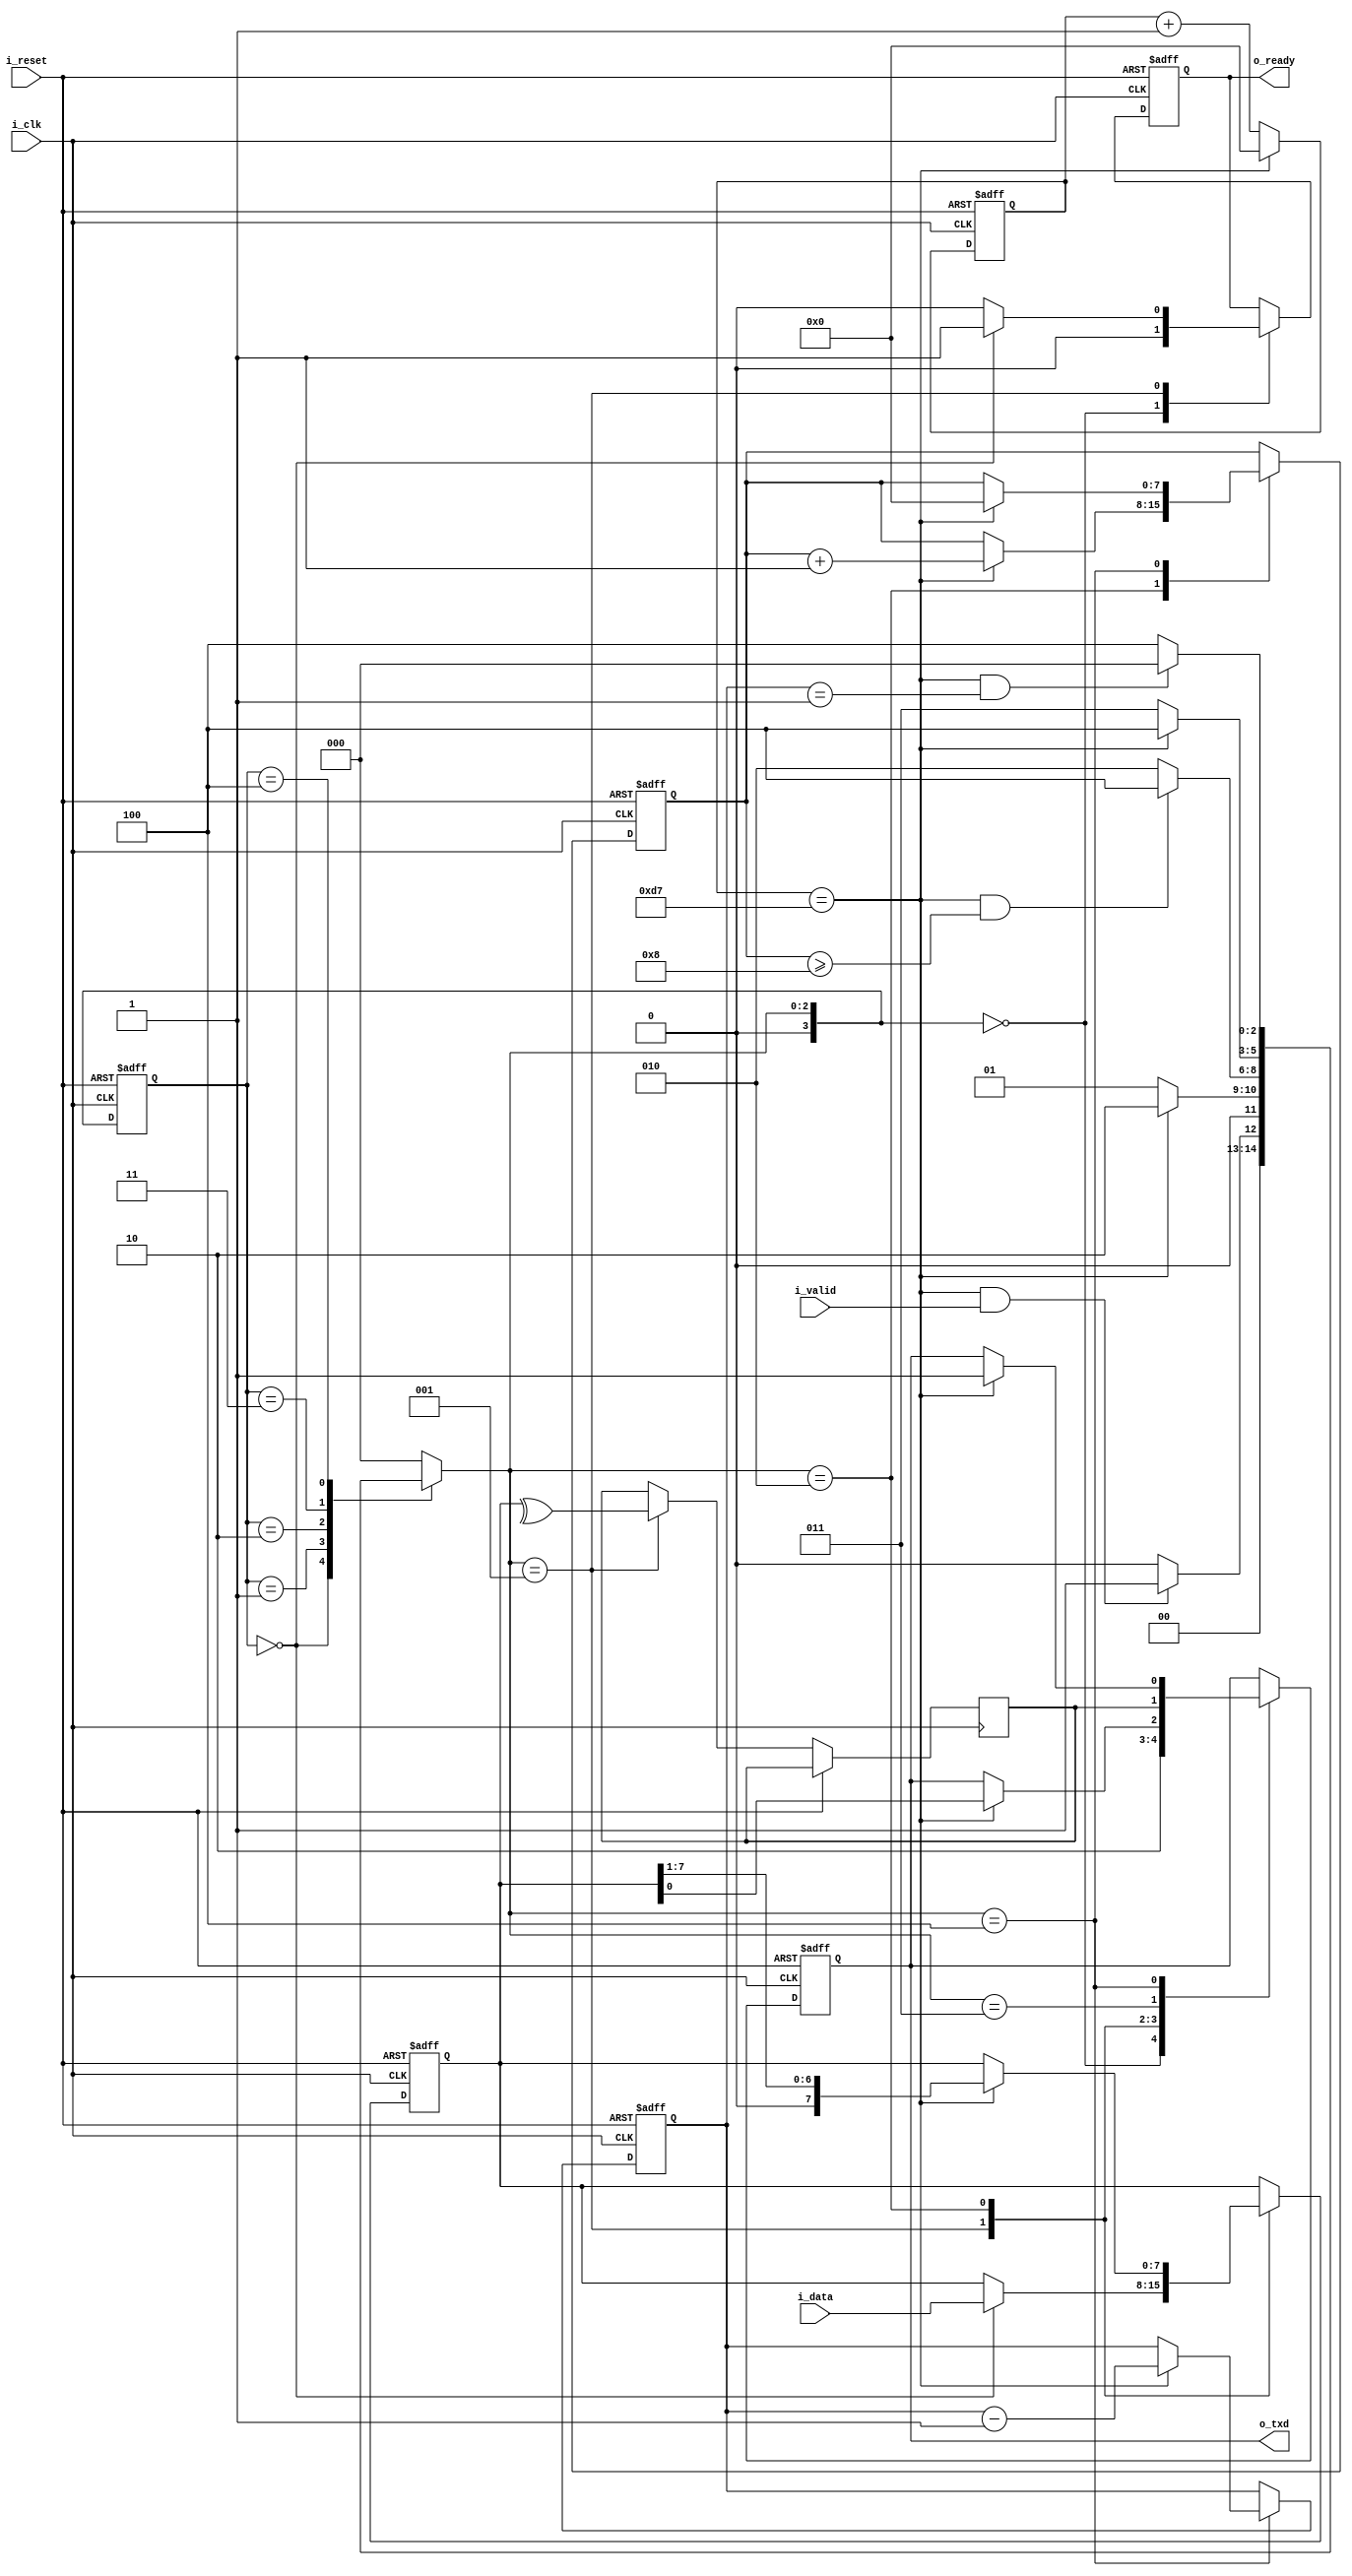
/*


uart_tx #(
	.CHECK_BIT ("None"	)	,       //None  Odd  Even
	.BPS       (115200	)	,       // 
	.CLK       (25_000_000)	,   	// hz 
	.DATA_BIT  (8		)	,       //678
	.STOP_BIT  (1       )   		// (123... )
) TX (
	.i_reset(!rst_n),				//
	.i_clk(clk_a),
	.i_data(tx_data),               //tx_data [7:0]
	.i_valid(tx_valid),
	.o_ready(ready),
	.o_txd(txd)
);

//
// assign check_data = ~^temp_data; 
//
// assign check_data = ^temp_data; 

*/

module uart_tx #(
	parameter CHECK_BIT = "None",       //None  Odd  Even
	parameter BPS       = 115200,       // 
	parameter CLK       = 25_000_000,   // hz 
	parameter DATA_BIT  = 8,            //678
	parameter STOP_BIT  = 1             // (123... )
)(
	input	i_reset,
	input	i_clk,
	input	[DATA_BIT-1:0] i_data,
	input	i_valid,
	output	reg o_ready,
	output  reg o_txd
);

    //get uart clk reg
    localparam	BPS_CNT	=	(CLK)/BPS-1,            //
			    BPS_WD	=	log2(BPS_CNT),          //
                STOP_WD =   log2(STOP_BIT+1);       //

    reg     [BPS_WD-1:0] div_cnt;                   //
    wire    tx_en;                                  //en

    reg [STOP_WD-1:0]stop_cnt;                      //
    reg [DATA_BIT-1:0] temp_data;                   //
    reg [7:0] tx_cnt;                               //bit

    reg check_data;                                 //

    reg [3:0] c_state, n_state;
    parameter   IDLE    = 0,
                STATE   = 1,
                DATA    = 2,
                CHECK   = 3,
                STOP    = 4;

///////////////////*  *//////////////////////////////
    assign tx_en = (div_cnt == BPS_CNT - 1);
    always @(posedge i_clk, posedge i_reset) begin
        if (i_reset)
            div_cnt <= 'b0;
        else if (tx_en)
            div_cnt <= 'b0;
        else 
            div_cnt <= div_cnt + 1;     
    end

///////////////////* FSM *3 *//////////////////////////////
    always @(posedge i_clk, posedge i_reset) begin
        if (i_reset)
            c_state <= 0;
        else
            c_state <= n_state;
    end

    always @(*) begin
        case (c_state)
            IDLE    :   begin
                            if (tx_en && i_valid)
                                n_state = STATE;
                            else
                                n_state = IDLE;
            end  

            STATE   :   begin
                            if (tx_en)
                                n_state = DATA; 
                            else
                                n_state = STATE;
            end

            DATA    :   begin
                            if (tx_en && tx_cnt >= DATA_BIT && CHECK_BIT == "None")
                                n_state = STOP;
                            else if (tx_en && tx_cnt >= DATA_BIT)
                                n_state = CHECK;
                            else
                                n_state = DATA;
            end 

            CHECK   :   begin
                            if (tx_en)
                                n_state = STOP;
                            else
                                n_state = CHECK;
            end

            STOP    :   begin
                            if (tx_en && stop_cnt == 1)
                                n_state = IDLE;
                            else
                                n_state = STOP;
            end
            
            default :   n_state = 0;

        endcase
    end

    always @(posedge i_clk, posedge i_reset) begin
        if (i_reset)
            begin
                o_txd <= 1;
                o_ready <= 0;
                stop_cnt <= STOP_BIT + 1;
                temp_data <= 0;
                tx_cnt <= 0;
            end
        else
            case (n_state)
                IDLE    :   begin
                                o_txd <= 1;
                                o_ready <= 0; 
                end

                STATE   :   begin
                                o_txd <= 0;     
                                check_data <= (CHECK_BIT == "Odd") ? ~^temp_data : ^temp_data;                           
                                if (c_state == IDLE)            //o_ready
                                    begin
                                        o_ready <= 1; 
                                        temp_data <= i_data;
                                    end                                    
                                else
                                    o_ready <= 0;                                    
                end

                DATA    :   begin                                
                                if (tx_en)
                                    begin
                                        o_txd <= temp_data[0];
                                        temp_data <= temp_data >> 1;
                                        tx_cnt <= tx_cnt + 1;    
                                    end                                    
                end

                CHECK   :   begin                                
                                o_txd <= check_data;
                end

                STOP    :   begin
                                if (tx_en)
                                    begin 
                                        o_txd <= 1;
                                        stop_cnt <= stop_cnt - 1;
                                        tx_cnt <= 0;
                                    end 
                end
                default : ;
            endcase
    end

///////////////////*get_data_width*//////////////////////////////
    function integer log2(input integer v);
    begin
        log2 = 0;
        while (v >> log2) 
            log2 = log2 + 1;
    end
    endfunction

endmodule